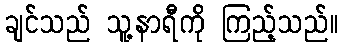
ချင်သည် သူ့နာရီကို ကြည့်သည်။